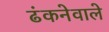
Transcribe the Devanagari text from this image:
ढंकनेवाले